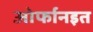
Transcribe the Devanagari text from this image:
ओर्फानइत